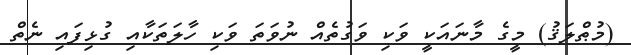
(މުޠްލަޤު) މީގެ މާނައަކީ ވަކި ވަގުތެއް ނުވަތަ ވަކި ހާލަތަކާއި ގުޅިފައި ނެތް